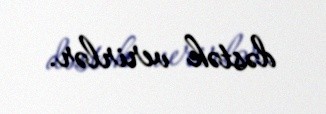
dəstək verirlər.